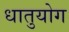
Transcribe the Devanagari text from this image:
धातुयोग